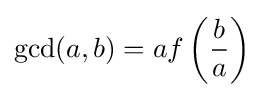
\gcd(a,b)=af\left({\frac {b}{a}}\right)